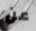
عن